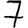
Digit: 7